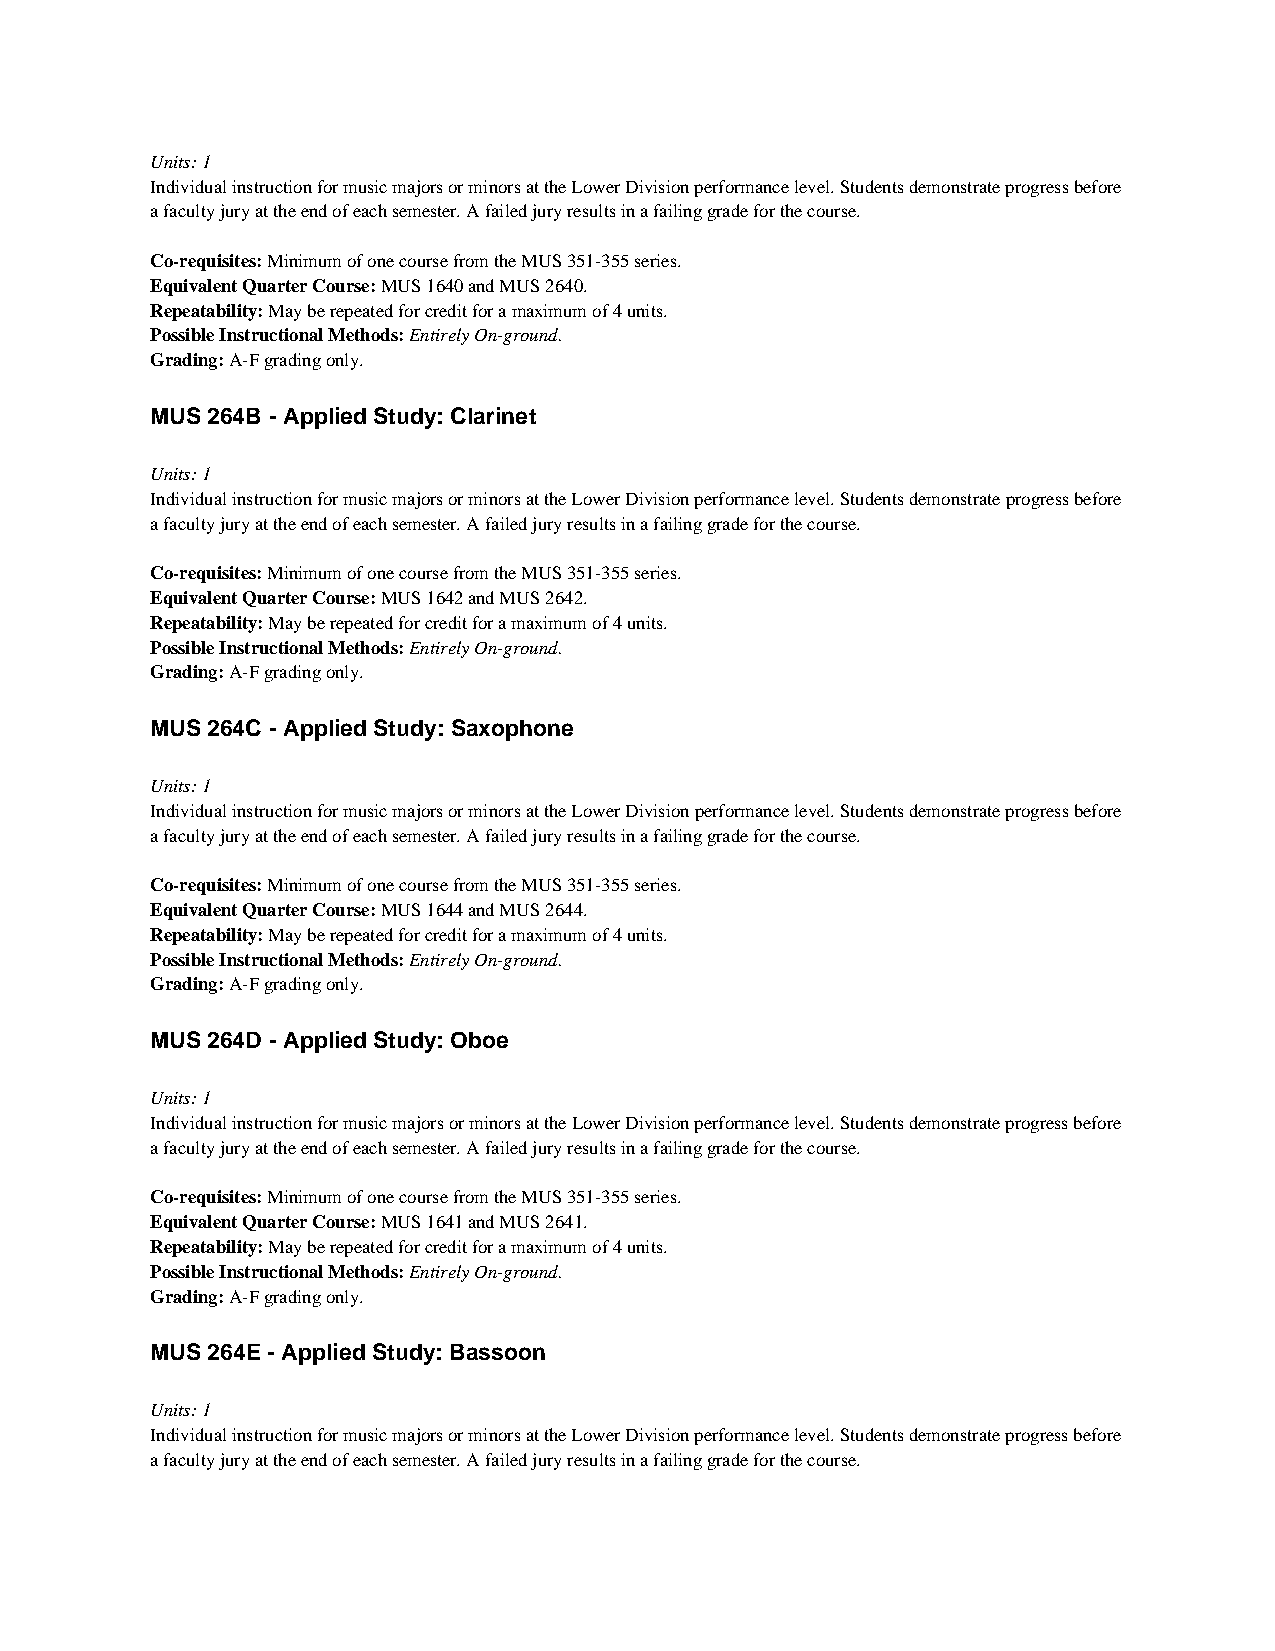
Units: 1
 Individual instruction for music majors or minors at the Lower Division performance level. Students demonstrate progress before
 a faculty jury at the end of each semester. A failed jury results in a failing grade for the course.
 Co-requisites: Minimum of one course from the MUS 351-355 series.
 Equivalent Quarter Course: MUS 1640 and MUS 2640.
 Repeatability: May be repeated for credit for a maximum of 4 units.
 Possible Instructional Methods: Entirely On-ground.
 Grading: A-F grading only.
 MUS 264B - Applied Study: Clarinet
 Units: 1
 Individual instruction for music majors or minors at the Lower Division performance level. Students demonstrate progress before
 a faculty jury at the end of each semester. A failed jury results in a failing grade for the course.
 Co-requisites: Minimum of one course from the MUS 351-355 series.
 Equivalent Quarter Course: MUS 1642 and MUS 2642.
 Repeatability: May be repeated for credit for a maximum of 4 units.
 Possible Instructional Methods: Entirely On-ground.
 Grading: A-F grading only.
 MUS 264C - Applied Study: Saxophone
 Units: 1
 Individual instruction for music majors or minors at the Lower Division performance level. Students demonstrate progress before
 a faculty jury at the end of each semester. A failed jury results in a failing grade for the course.
 Co-requisites: Minimum of one course from the MUS 351-355 series.
 Equivalent Quarter Course: MUS 1644 and MUS 2644.
 Repeatability: May be repeated for credit for a maximum of 4 units.
 Possible Instructional Methods: Entirely On-ground.
 Grading: A-F grading only.
 MUS 264D - Applied Study: Oboe
 Units: 1
 Individual instruction for music majors or minors at the Lower Division performance level. Students demonstrate progress before
 a faculty jury at the end of each semester. A failed jury results in a failing grade for the course.
 Co-requisites: Minimum of one course from the MUS 351-355 series.
 Equivalent Quarter Course: MUS 1641 and MUS 2641.
 Repeatability: May be repeated for credit for a maximum of 4 units.
 Possible Instructional Methods: Entirely On-ground.
 Grading: A-F grading only.
 MUS 264E - Applied Study: Bassoon
 Units: 1
 Individual instruction for music majors or minors at the Lower Division performance level. Students demonstrate progress before
 a faculty jury at the end of each semester. A failed jury results in a failing grade for the course.